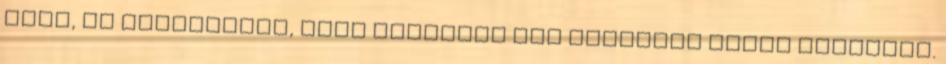
keze, de eltitkolta, mert különben nem emgedték volna játszani.